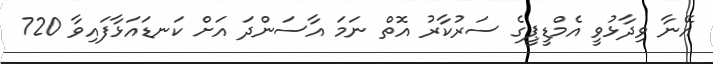
އޭނާ ވިދާޅުވީ އެމްޑީޕީގެ ސަރުކާރު އޮތް ނަމަ އާސަންދަ އަށް ކަނޑައަޅާފައިވާ 720